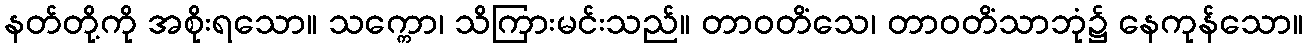
နတ်တို့ကို အစိုးရသော။ သက္ကော၊ သိကြားမင်းသည်။ တာဝတိံသေ၊ တာဝတိံသာဘုံ၌ နေကုန်သော။